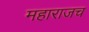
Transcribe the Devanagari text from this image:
महाराजच